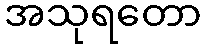
အသုရတော